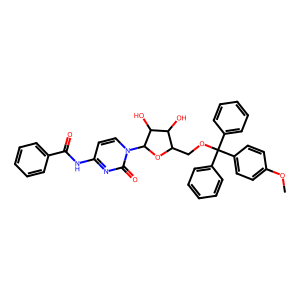
SMILES: COc1ccc(C(OCC2OC(n3ccc(NC(=O)c4ccccc4)nc3=O)C(O)C2O)(c2ccccc2)c2ccccc2)cc1
Inhibits HIV replication: No